Lunatic asylums Madras 1877-1891 - 1877-1891
Year: 1877
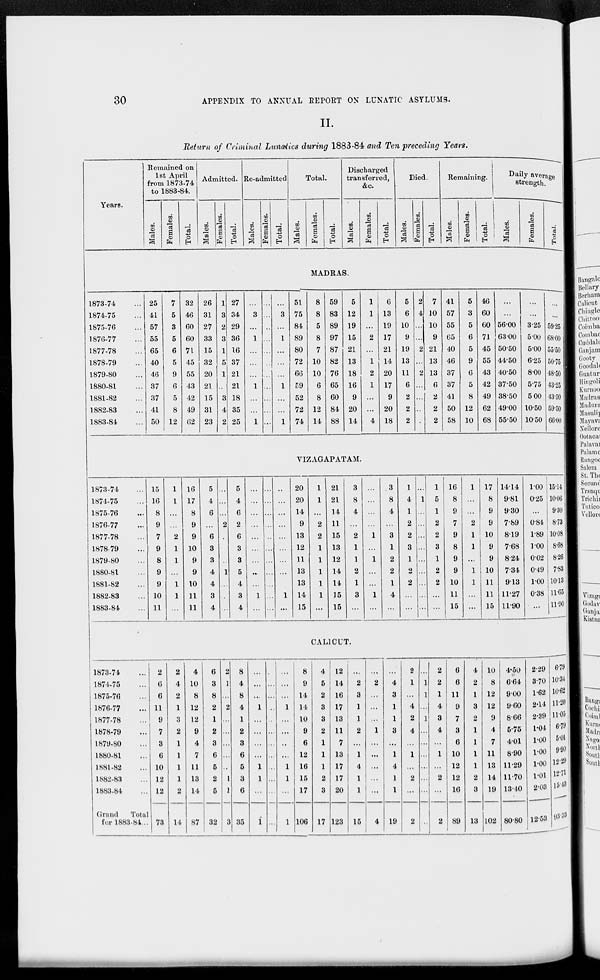
30
APPENDIX TO ANNUAL REPORT ON LUNATIC ASYLUMS.
II.
Return of Criminal Lunatics during 1883-84 and Ten preceding Years.
Years.
Remained on
1st April
from 1873-74
to 1883-84.
Males.
Females.
Total.
Admitted.
Males.
Females.
Total.
Re-admitted
Males.
Females.
Total.
Total.
Males.
Females.
Total.
Discharged
transferred,
&c.
Males.
Females.
Total.
Died.
Males.
Females.
Total.
Remaining.
Males.
Females.
Total.
Daily average
strength.
Males.
Females.
Total.
MADRAS.
1873-74 ...
1874-75 ...
1875-76 ...
1876-77 ...
1877-78 ...
1878-79 ...
1879-80 ...
1880-81 ...
1881-82 ...
1882-83 ...
1883-84 ...
25
41
57
55
65
40
46
37
37
41
50
7
5
3
5
6
5
9
6
5
8
12
32
46
60
60
71
45
55
43
42
49
62
26
31
27
33
15
32
20
21
15
31
23
1
3
2
3
1
5
1
..
3
4
2
27
34
29
36
16
37
21
21
18
35
25
...
3
...
1
...
...
...
1
...
...
1
...
...
...
...
...
...
...
...
...
...
...
...
3
...
1
...
...
...
1
...
...
1
51
75
84
89
80
72
66
59
52
72
74
8
8
5
8
7
10
10
6
8
12
14
59
83
89
97
87
82
76
65
60
84
88
5
12
19
15
21
13
18
16
9
20
14
1
1
...
2
...
1
2
1
...
...
4
6
13
19
17
21
14
20
17
9
20
18
5
6
10
9
19
13
11
6
2
2
2
2
4
...
...
2
...
2
...
...
...
...
7
10
10
9
21
13
13
6
2
2
2
41
57
55
65
40
46
37
37
41
50
58
5
3
5
6
5
9
6
5
8
12
10
46
60
60
71
45
55
43
42
49
62
68
...
...
56.00
63.00
50.50
44.50
40.50
37.50
38.50
49.00
55.50
...
...
3.25
5.00
5.00
6.25
8.00
5.75
5.00
10.50
10.50
...
...
59.25
68.00
55.50
50.75
48.50
43.25
43.50
59.50
66.00
VIZAGAPATAM.
1873-74 ...
1874-75 ...
1875-76 ...
1876-77 ...
1877-78 ...
1878-79 ...
1879-80 ...
1880-81 ...
1881-82 ...
1882-83 ...
1883-84 ...
15
16
8
9
7
9
8
9
9
10
11
1
1
...
...
2
1
1
...
1
1
...
16
17
8
9
9
10
9
9
10
11
11
5
4
6
...
6
3
3
4
4
3
4
...
...
...
2
...
...
...
1
...
...
...
5
4
6
2
6
3
3
5
4
3
4
...
...
...
...
...
...
...
...
...
1
...
...
...
...
...
...
...
...
...
...
...
...
...
...
...
...
...
...
...
...
1
...
20
20
14
9
13
12
11
13
13
14
15
1
1
...
2
2
1
1
1
1
1
...
21
21
14
11
15
13
12
14
14
15
15
3
8
4
...
2
1
1
2
1
3
...
...
...
...
...
1
...
1
...
...
1
...
3
8
4
...
3
1
2
2
1
4
...
1
4
1
2
2
3
1
2
2
...
...
...
1
...
...
...
...
...
...
...
...
...
1
5
1
2
2
3
1
2
2
...
...
16
8
9
7
9
8
9
9
10
11
15
1
...
...
2
1
1
...
1
1
...
...
17
8
9
9
10
9
9
10
11
11
15
14.14
9.81
9.30
7.89
8.19
7.68
8.24
7.34
9.13
11.27
11.90
1.00
0.25
...
0.84
1.89
1.00
0.02
0.49
1.00
0.38
...
15.14
10.06
9.30
8.73
10.08
8.68
8.26
7.83
10.13
11.65
11.90
CALICUT.
1873-74 ...
1874-75 ...
1875-76 ...
1876-77 ...
1877-78 ...
1878-79 ...
1879-80 ...
1880-81 ...
1881-82 ...
1882-83 ...
1883.84 ...
Grand
Total
for 1883-84...
2
6
6
11
9
7
3
6
10
12
12
73
2
4
2
1
3
2
1
1
1
1
2
14
4
10
8
12
12
9
4
7
11
13
14
87
6
3
8
2
1
2
3
6
5
2
5
32
2
1
...
2
...
...
...
...
..
1
1
3
8
4
8
4
1
2
3
6
5
3
6
35
...
...
...
1
...
...
...
...
1
1
...
1
...
...
...
...
...
...
...
...
...
...
...
...
...
...
...
1
...
...
...
...
1
1
...
1
8
9
14
14
10
9
6
12
16
15
17
106
4
5
2
3
3
2
1
1
1
2
3
17
12
14
16
17
13
11
7
13
17
17
20
123
...
2
3
1
1
2
...
1
4
1
1
15
...
2
...
...
...
1
...
...
...
...
...
4
...
4
3
1
1
3
...
1
4
1
1
19
2
1
...
4
2
4
...
1
...
2
...
2
...
1
1
...
1
...
...
...
...
...
...
...
2
2
1
4
3
4
...
1
...
2
...
2
6
6
11
9
7
3
6
10
12
12
16
89
4
2
1
3
2
1
1
1
1
2
3
13
10
8
12
12
9
4
7
11
13
14
19
102
4.50
6.64
9.00
9.60
8.66
5.75
4.01
8.90
11.29
11.70
13.40
80.80
2.29
3.70
1.62
2.14
2.39
1.04
1.00
1.00
1.00
1.01
2.03
12.53
6.79
10.34
10.62
11.20
11.05
6.79
5.01
9.90
12.29
12.71
15.43
93.33